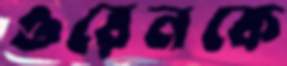
ওরেনকে